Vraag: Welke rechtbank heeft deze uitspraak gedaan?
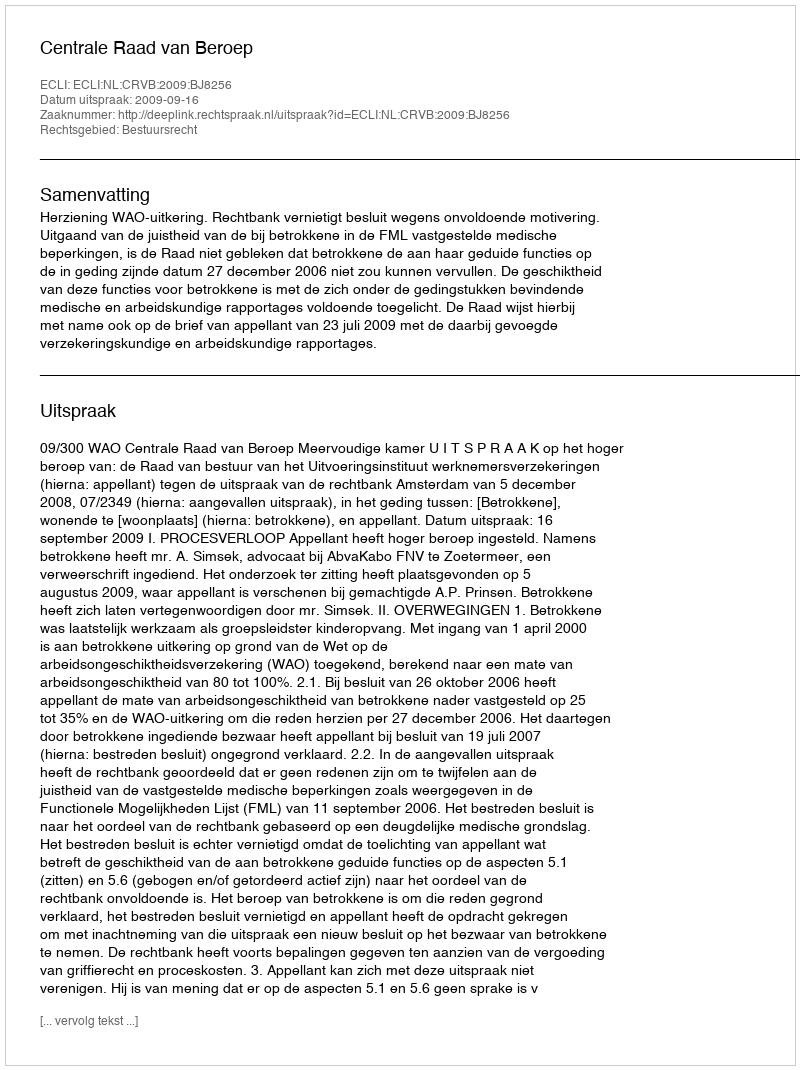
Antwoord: Centrale Raad van Beroep